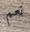
نعم